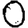
Digit: 0